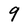
Character: 9